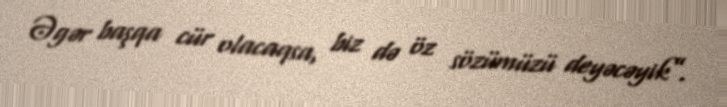
Əgər başqa cür olacaqsa, biz də öz sözümüzü deyəcəyik”.